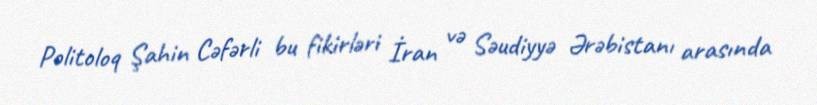
Politoloq Şahin Cəfərli bu fikirləri İran və Səudiyyə Ərəbistanı arasında